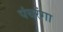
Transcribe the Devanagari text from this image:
पंचरंगा